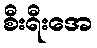
စီးရီးအေ